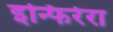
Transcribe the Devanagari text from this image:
इन्फिरेरा